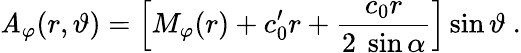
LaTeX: \mathit{A}_{\varphi}(r,\vartheta)=\left[M_{\varphi}(r)+c_{0}^{\prime}r+\frac{{c_{0}r}}{{2~\sin\alpha}}\right]\sin\vartheta~.